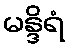
မန္ဒိရံ